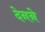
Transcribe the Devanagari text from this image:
देनने